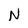
Character: N